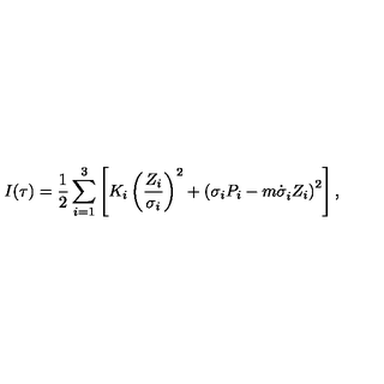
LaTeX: I ( \tau ) = \frac 1 { 2 } \sum _ { i = 1 } ^ { 3 } \left[ K _ { i } \left( \frac { Z _ { i } } { \sigma _ { i } } \right) ^ { 2 } + \left( \sigma _ { i } P _ { i } - m \dot { \sigma } _ { i } ^ { } Z _ { i } \right) ^ { 2 } \right] ,